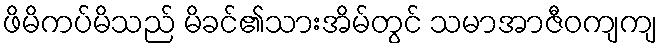
ဖိမိကပ်မိသည် မိခင်၏သားအိမ်တွင် သမာအာဇီဝကျကျ